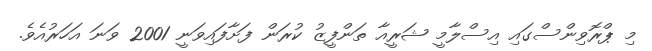
މި ޕްރޮވިންސްގައި އިސްލާމީ ޝަރީއާ ތަންފީޒު ކުރަން ފަށާފައިވަނީ 2001 ވަނަ އަހަރުއެވެ.